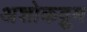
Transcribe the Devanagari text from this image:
अशोकद्रुम